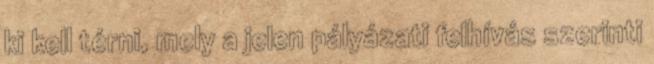
ki kell térni, mely a jelen pályázati felhívás szerinti